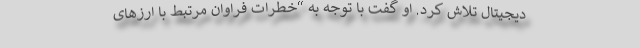
دیجیتال تلاش کرد. او گفت با توجه به “خطرات فراوان مرتبط با ارزهای